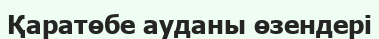
Қаратөбе ауданы өзендері